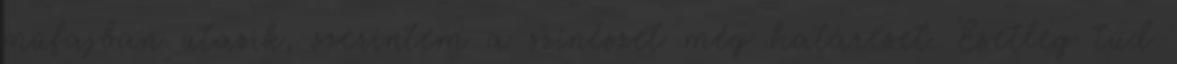
műfajban utazik, szerintem a színészet még határeset. Esetleg tud